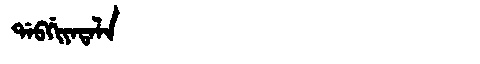
Manchu: ᡩᠠᠪᡤᡳᠶᠠᡨᠠᠯᠠ
Romanization: DABGIYATALA